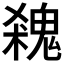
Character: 𩳙